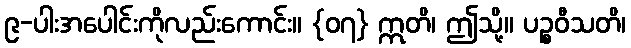
၉-ပါးအပေါင်းကိုလည်းကောင်း။ {၀၇} ဣတိ၊ ဤသို့။ ပဉ္စဝီသတိ၊